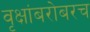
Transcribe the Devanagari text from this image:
वृक्षांबरोबरच